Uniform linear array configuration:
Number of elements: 8
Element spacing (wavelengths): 0.5
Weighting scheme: cosine
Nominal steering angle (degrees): -30
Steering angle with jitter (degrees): -29.108
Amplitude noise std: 0.05
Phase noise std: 0.05

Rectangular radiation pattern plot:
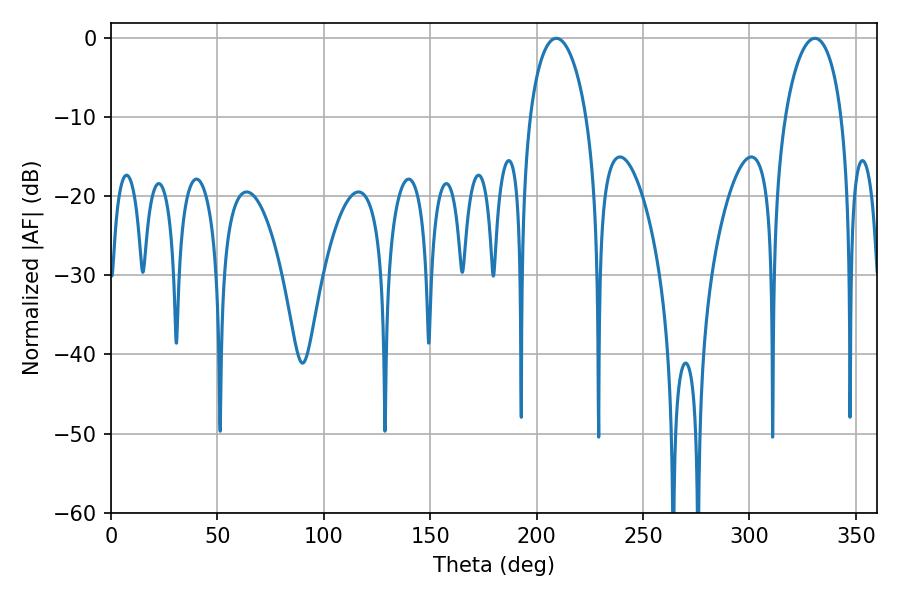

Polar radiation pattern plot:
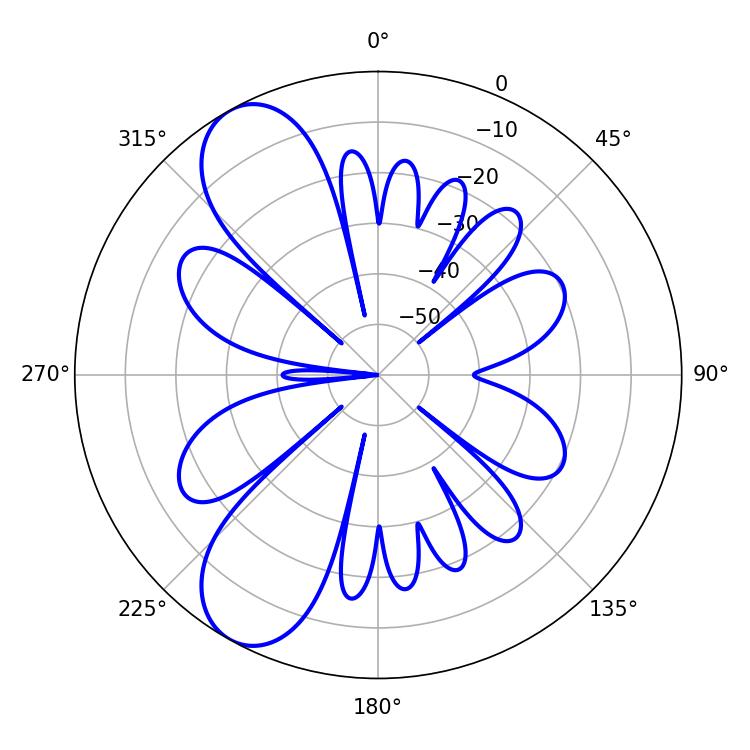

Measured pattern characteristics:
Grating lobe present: FALSE
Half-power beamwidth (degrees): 15.12
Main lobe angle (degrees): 209.16